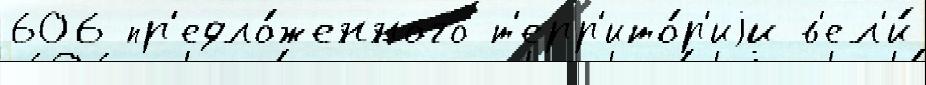
606 пр'едло́женного т'ерр'ито́р'иjи в'ел'и́